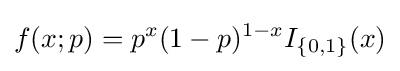
f(x;p)=p^{x}(1-p)^{1-x}I_{\{0,1\}}(x)